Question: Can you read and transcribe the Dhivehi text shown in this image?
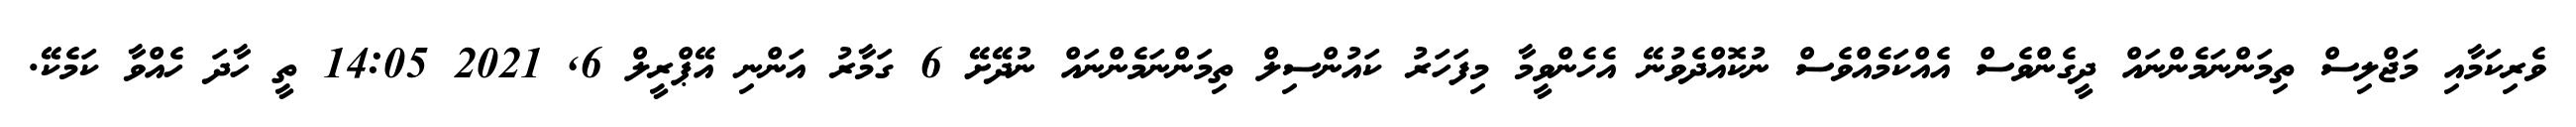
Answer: ވެރިކަމާއި މަޖްލިސް ތިމަންނަމެންނައް ދީގެންވެސް އެއްކަމެއްވެސް ނުކޮއްދެވުނޭ އެހެންވީމާ މިފަހަރު ކައުންސިލް ތިމަންނަމެންނައް ނުދޭށޭ 6 ގަމާރު އަންނި އޭޕްރީލް 6, 2021 14:05 ތީ ހާދަ ހެއްވާ ކަމެކޭ.